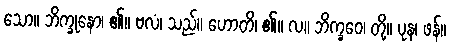
သော။ ဘိက္ခုနော၊ ၏။ ဗလံ၊ သည်။ ဟောတိ၊ ၏။ လ။ ဘိက္ခဝေ၊ တို့။ ပုန၊ ဖန်။